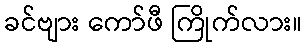
ခင်ဗျား ကော်ဖီ ကြိုက်လား။